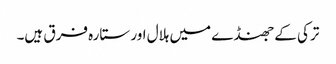
ترکی کے جھنڈے میں ہلال اور ستارہ فرق ہیں۔